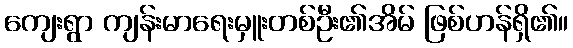
ကျေးရွာ ကျန်းမာရေးမှူးတစ်ဦး၏အိမ် ဖြစ်ဟန်ရှိ၏။